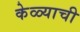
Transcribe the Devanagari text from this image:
केळ्याची